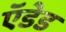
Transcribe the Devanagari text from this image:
ऍडेड